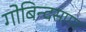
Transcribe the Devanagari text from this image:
गोबिन्‍दसागर